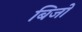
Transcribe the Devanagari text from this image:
बिजो